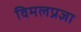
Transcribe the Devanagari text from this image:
विमलप्रज्ञा